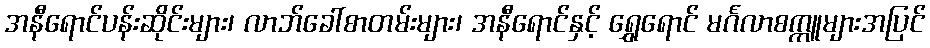
အနီရောင်ပန်းဆိုင်းများ၊ လာဘ်ခေါ်စာတမ်းများ၊ အနီရောင်နှင့် ရွှေရောင် မင်္ဂလာစက္ကူများအပြင်